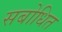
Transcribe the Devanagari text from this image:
सबोधित